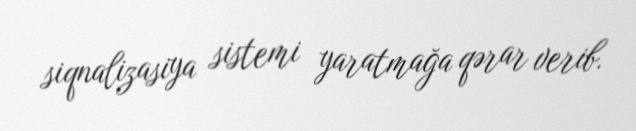
siqnalizasiya sistemi yaratmağa qərar verib.